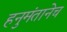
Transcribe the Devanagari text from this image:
हनुमंतानेच